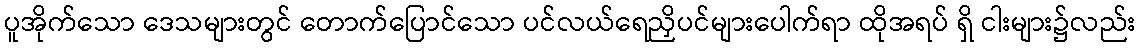
ပူအိုက်သော ဒေသများတွင် တောက်ပြောင်သော ပင်လယ်ရေညှိပင်များပေါက်ရာ ထိုအရပ် ရှိ ငါးများ၌လည်း